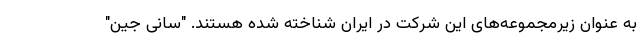
به عنوان زیرمجموعه‌های این شرکت در ایران شناخته شده هستند. "سانی جین"